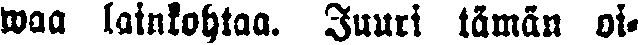
waa lainkohtaa. Juuri tämän oi-